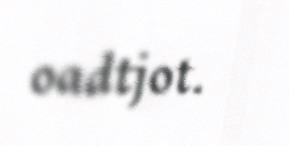
oadtjot.